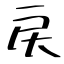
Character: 戻